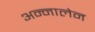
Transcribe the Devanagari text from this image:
अन्नालेन